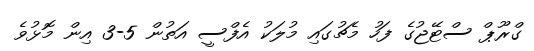
ގްރޫޕް ސްޓޭޖުގެ ފަހު މެޗުގައި މުލަކު އެފްސީ އަތުން 5-3 އިން މޮޅުވެ